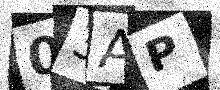
Text: 03AP